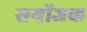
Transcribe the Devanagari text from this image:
सयोंजक